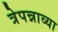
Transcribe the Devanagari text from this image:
त्रेपन्नाव्या